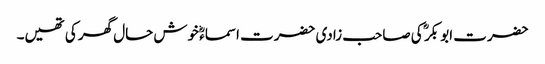
حضرت ابو بکر ؓ کی صاحب زادی حضرت اسماءؓ خوش حال گھر کی تھیں۔